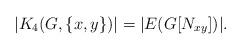
LaTeX: \begin{align*}|K_4(G,\{x,y\})|=|E(G[N_{xy}])|. \end{align*}